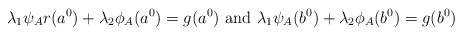
\begin{align*}\lambda_1 \psi_A{r}(a^0)+ \lambda_2 \phi_A(a^0)= g(a^0) \mbox{ and } \lambda_1 \psi_A(b^0) + \lambda_2 \phi_A(b^0)=g(b^0)\end{align*}